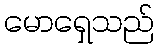
မောရှေသည်